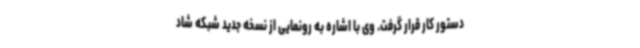
دستور کار قرار گرفت. وی با اشاره به رونمایی از نسخه جدید شبکه شاد